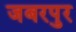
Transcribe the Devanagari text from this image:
जबरपुर